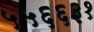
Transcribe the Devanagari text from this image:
५५६६३१